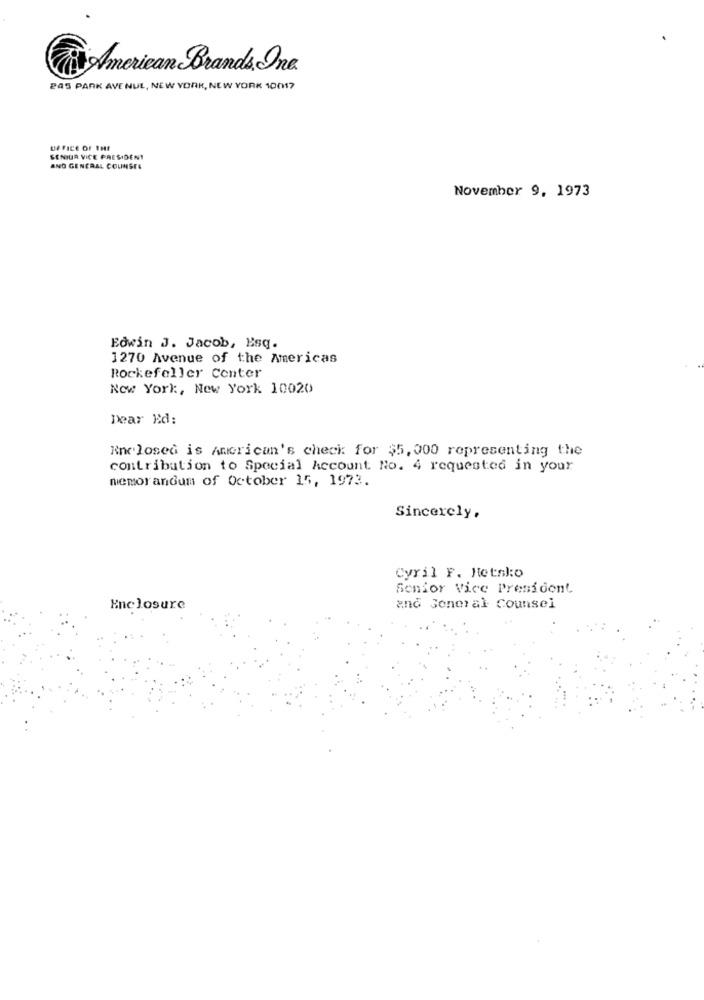
American Brands, One
245 PARK AVE NUL, NEW YORK, NEW YORK 10017
U FICE OF THE
SENIOR VICE PRESIDENT
AND GENERAL COUNSEL
November 9, 1973
Edwin J. Jacob, Esq.
1270 Avenue of the Americas
Rockefeller Center
New York, New York 10020
Dear Ed:
Enclosed is American's check for $5,000 representing the
contribution to Special Account No. 4 requested in your
memorandum of October 15, 1973.
Sincerely,
Cyril F. Jetslo
Senior Vice President
Enclosure
and General Counsel